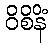
ဝိစိနိံ